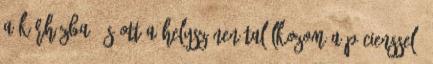
a kórházba, és ott a helyszínen találkozom a pácienssel,